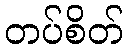
တပ်စိတ်